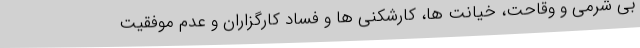
بی شرمی و وقاحت، خیانت ها، کارشکنی ها و فساد کارگزاران و عدم موفقیت